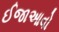
ઈજાઆવો